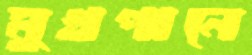
মুখপানে